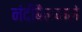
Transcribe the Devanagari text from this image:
नंदीबैलवाले